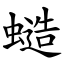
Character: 䗢